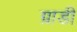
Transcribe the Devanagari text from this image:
ग्राडी